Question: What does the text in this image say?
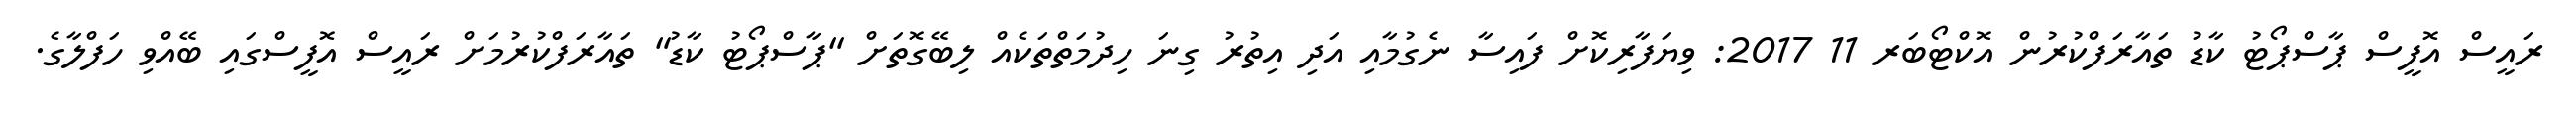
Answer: ރައީސް އޮފީސް ޕާސްޕޯޓު ކާޑު ތައާރަފްކުރުން އޮކްޓޯބަރ 11 2017: ވިޔަފާރިކޮށް ފައިސާ ނެގުމާއި އަދި އިތުރު ގިނަ ހިދުމަތްތަކެއް ލިބޭގޮތަށް "ޕާސްޕޯޓު ކާޑު" ތައާރަފްކުރުމަށް ރައީސް އޮފީސްގައި ބޭއްވި ހަފްލާގެ.